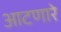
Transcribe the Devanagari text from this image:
आटणारे